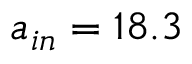
a _ { i n } = 1 8 . 3